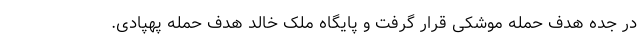
در جده هدف حمله موشکی قرار گرفت و پایگاه ملک خالد هدف حمله پهپادی.